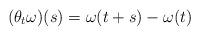
LaTeX: \begin{align*} (\theta_t \omega) (s) = \omega(t+s) - \omega(t) \end{align*}